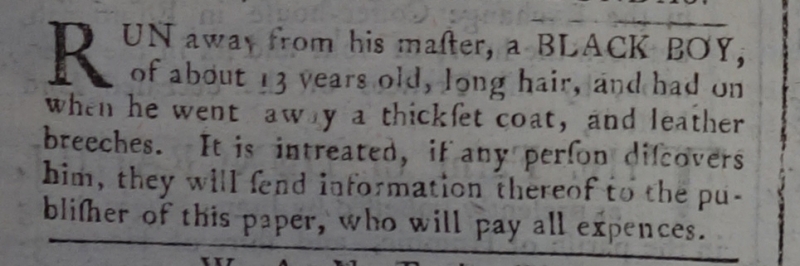
Edinburgh Evening Courant, 4 April 1768 (Scotland)
RUN away from his master, a BLACK BOY, of about 13 years old, long hair, and had on when he went away a thickset coat, and leather breeches. It is intreated, if any person discovers him, they will send information thereof to the publisher of this paper, who will pay all expences.